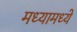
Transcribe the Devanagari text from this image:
मध्यामध्ये